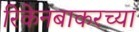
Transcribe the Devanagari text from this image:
रिकेनबाकरच्या